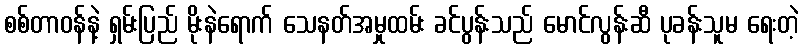
စစ်တာဝန်နဲ့ ရှမ်းပြည် မိုးနဲရောက် သေနတ်အမှုထမ်း ခင်ပွန်းသည် မောင်လွန်းဆီ ပုခန်းသူမ ရေးတဲ့